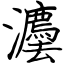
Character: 灋